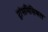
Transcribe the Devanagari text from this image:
ट्रांसमिसिबल